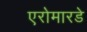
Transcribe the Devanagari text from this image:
एरोमारडे